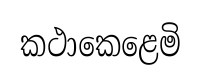
කථාකෙළෙමි